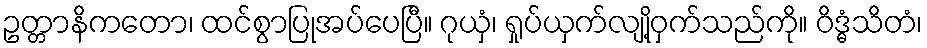
ဥတ္တာနိကတော၊ ထင်စွာပြုအပ်ပေပြီ။ ဂုယှံ၊ ရှုပ်ယှက်လျို့ဝှက်သည်ကို။ ဝိဒ္ဓံသိတံ၊